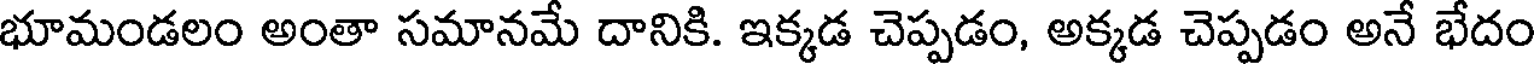
భూమండలం అంతా సమానమే దానికి. ఇక్కడ చెప్పడం, అక్కడ చెప్పడం అనే భేదం